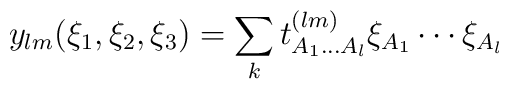
y_{lm} (\xi_1, \xi_2, \xi_3)= \sum_k t^{(lm)}_{A_1 \ldots A_l} \xi_{A_1} \cdots \xi_{A_l}\,